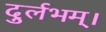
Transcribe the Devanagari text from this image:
दुर्लभम्।